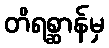
တိရစ္ဆာန်မှ